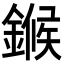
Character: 𬫺